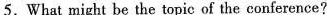
5.What might be the topic of the conference？